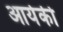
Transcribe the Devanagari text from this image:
आयेकी